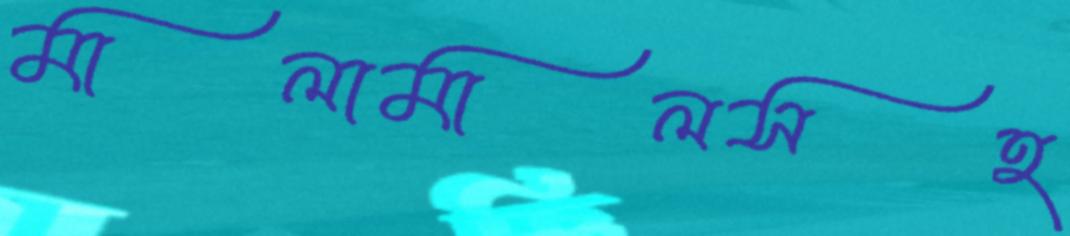
মালামালসহ